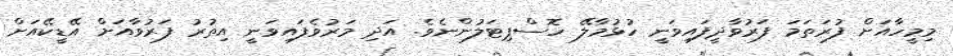
މިމީހާއަށް ފުރަތަމަ ފަރުވާދީފައިވަނީ ހުޅުމާލޭ ހޮސްޕިޓަލުންނެވެ. އަދި މަރުވެފައިވަނީ އިތުރު ފަރުވާއަށް އޭޑީކޭއަށް